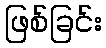
ဖြစ်ခြင်း